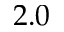
2 . 0